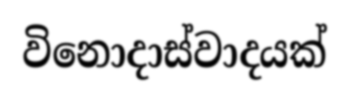
විනොදාස්වාදයක්